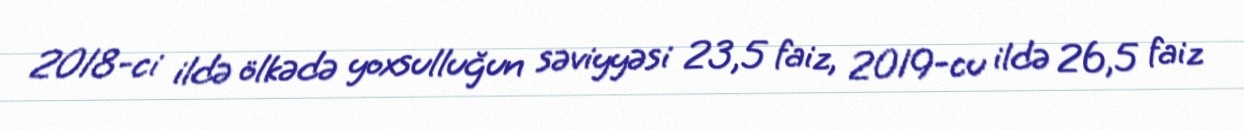
2018-ci ildə ölkədə yoxsulluğun səviyyəsi 23,5 faiz, 2019-cu ildə 26,5 faiz